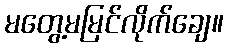
မတွေ့မမြင်လိုက်ချေ။